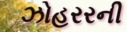
ઝોહરરની